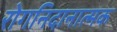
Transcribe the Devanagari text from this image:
रोगनिदानात्मक